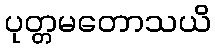
ပုတ္တမတောသယိ